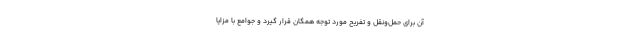
آن برای حمل‌ونقل و تفریح مورد توجه همگان قرار گیرد و جوامع با مزایا